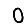
Digit: 0